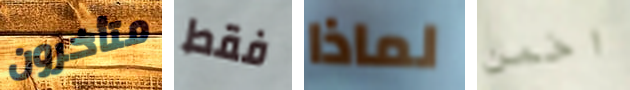
متأخرون فقط لماذا اخمن